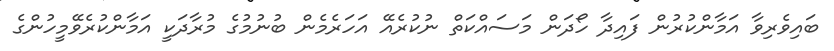
ބައިވެރިވާ އަމާންކުރުން ފައިދާ ހޯދަން މަސައްކަތް ނުކުރެއޭ އަހަރެމެން ބުނުމުގެ މުރާދަކީ އަމާންކުރެވޭމީހުންގެ